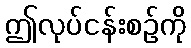
ဤလုပ်ငန်းစဉ်ကို